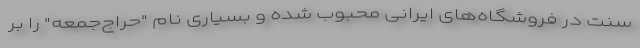
سنت در فروشگاه‌های ایرانی محبوب شده و بسیاری نام "حراج‌جمعه" را بر